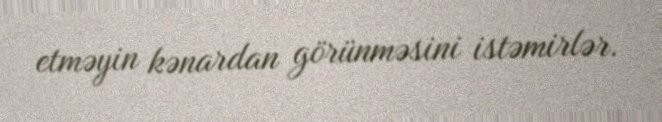
etməyin kənardan görünməsini istəmirlər.